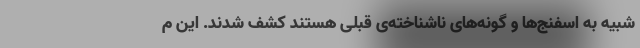
شبیه به اسفنج‌ها و گونه‌های ناشناخته‌ی قبلی هستند کشف شدند. این م